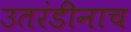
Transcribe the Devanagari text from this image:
उतरंडींनाच